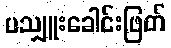
ပသျှူးခေါင်းဖြတ်